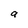
Character: a